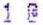
1 @